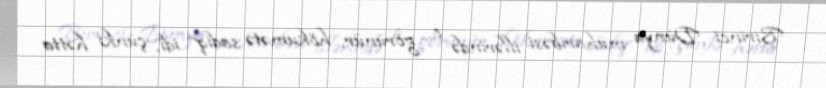
Birinci Dünya müharibəsi illərində o, görünür, hökumətə sadiq idi, çünki hətta